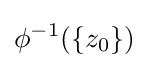
\phi ^{-1}(\{z_{0}\})